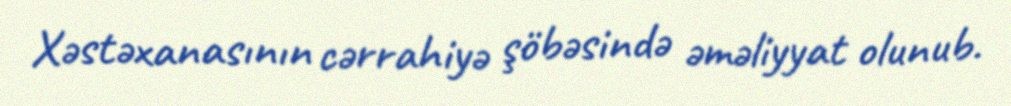
Xəstəxanasının cərrahiyə şöbəsində əməliyyat olunub.